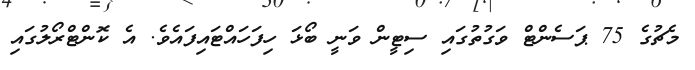
މެޗުގެ 75 ޕަސެންޓް ވަގުތުގައި ސިޓީން ވަނީ ބޯޅަ ހިފަހައްޓައިފައެވެ. އެ ކޮންޓްރޯލުގައި